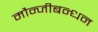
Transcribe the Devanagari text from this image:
मौन्जीबन्धन